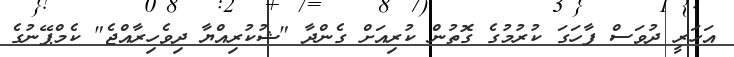
އަހަރީ ދުވަސް ފާހަގަ ކުރުމުގެ ގޮތުން ކުރިއަށް ގެންދާ "ޝުކުރިއްޔާ ދިވެހިރާއްޖެ" ކެމްޕޭނުގެ